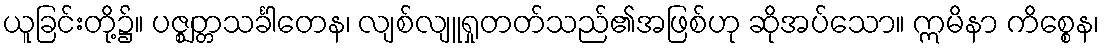
ယူခြင်းတို့၌။ ပဇ္ဈတ္တသင်္ခါတေန၊ လျစ်လျူရှုတတ်သည်၏အဖြစ်ဟု ဆိုအပ်သော။ ဣမိနာ ကိစ္စေန၊